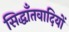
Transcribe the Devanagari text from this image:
सिद्धाँतवादियों